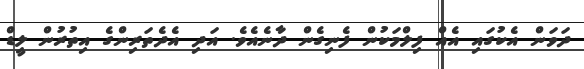
ދަވަން އެކުގައި އެއް ފިލްމަކުން ފެނިގެން ދާނެއެވެ. އަދި އެދެތަރިންގެ އިތުރުން ލީޑް